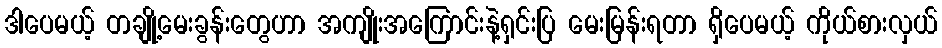
ဒါပေမယ့် တချို့မေးခွန်းတွေဟာ အကျိုးအကြောင်းနဲ့ရှင်းပြ မေးမြန်းရတာ ရှိပေမယ့် ကိုယ်စားလှယ်